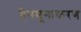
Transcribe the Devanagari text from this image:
हैनमूनाकरण